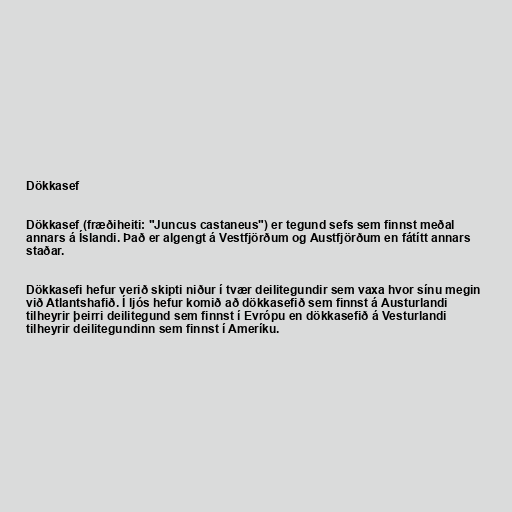
Dökkasef

Dökkasef (fræðiheiti: "Juncus castaneus") er tegund sefs sem finnst meðal
annars á Íslandi. Það er algengt á Vestfjörðum og Austfjörðum en fátítt annars
staðar.

Dökkasefi hefur verið skipti niður í tvær deilitegundir sem vaxa hvor sínu megin
við Atlantshafið. Í ljós hefur komið að dökkasefið sem finnst á Austurlandi
tilheyrir þeirri deilitegund sem finnst í Evrópu en dökkasefið á Vesturlandi
tilheyrir deilitegundinn sem finnst í Ameríku.